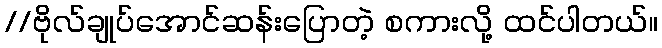
//ဗိုလ်ချုပ်အောင်ဆန်းပြောတဲ့ စကားလို့ ထင်ပါတယ်။